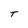
Character: T